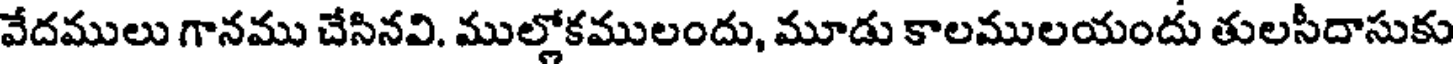
వేదములు గానము చేసినవి. ముల్లోకములందు, మూడు కాలములయందు తులసీదాసుకు